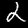
Label: 2